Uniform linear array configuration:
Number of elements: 8
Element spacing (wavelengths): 0.5
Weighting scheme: uniform
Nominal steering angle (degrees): -30
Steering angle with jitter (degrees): -28.133
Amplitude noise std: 0.05
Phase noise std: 0.05

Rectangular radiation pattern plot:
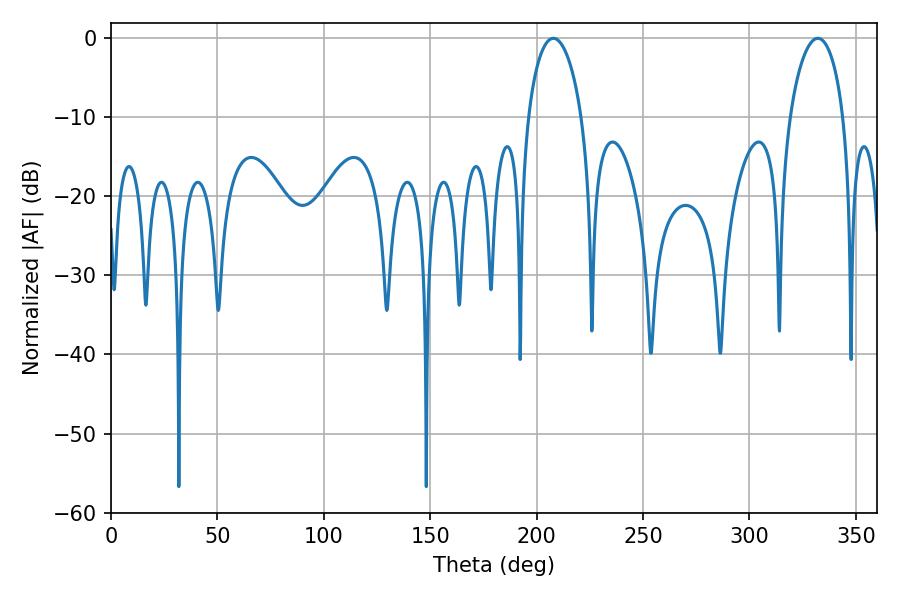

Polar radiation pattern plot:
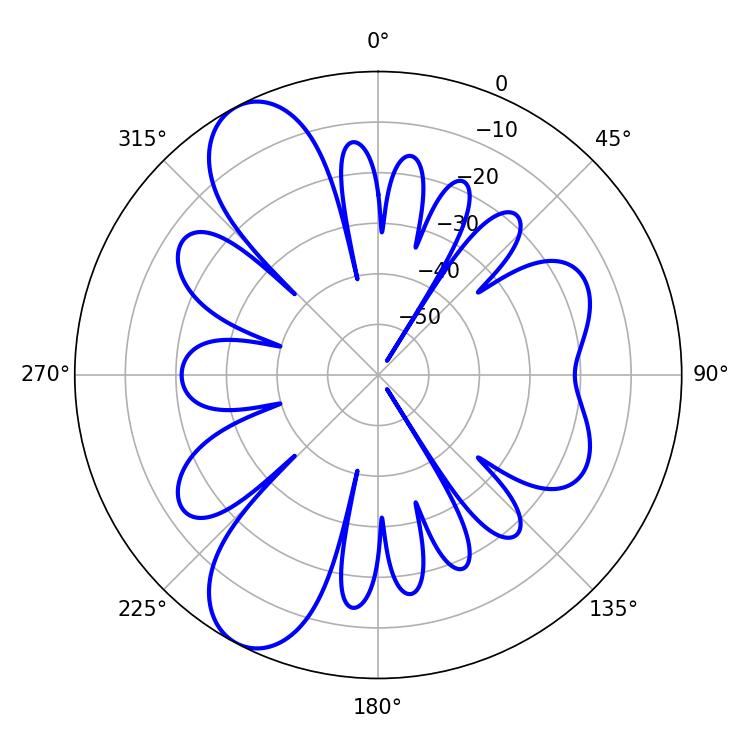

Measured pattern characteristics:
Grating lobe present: FALSE
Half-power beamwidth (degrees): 14.4
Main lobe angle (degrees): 207.9